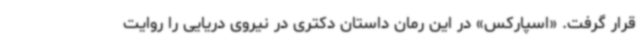
قرار گرفت. «اسپارکس» در این رمان داستان دکتری در نیروی دریایی را روایت